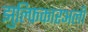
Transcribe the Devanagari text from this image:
झुल्फ़िकारअली